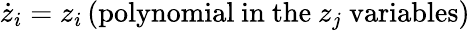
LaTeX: {\dot{z}}_{i}=z_{i}\, (\mathrm{polynomial~in~the~}z_{j}\mathrm{~variables})